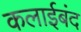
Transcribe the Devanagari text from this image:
कलाईबंद